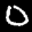
Label: 0